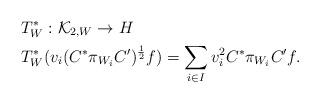
LaTeX: \begin{align*}&T^{*}_{W}:\mathcal{K}_{2,W} \rightarrow H \\&T ^{*}_{W}(v_i(C^{*}\pi_{W_{i}} C^{\prime})^{\frac{1}{2}}f)=\sum _{i\in I} v_{i}^{2}C^{*}\pi_{W_{i}} C^{\prime}f.\end{align*}